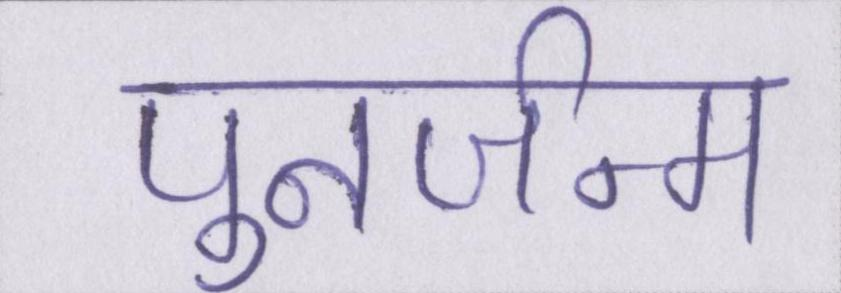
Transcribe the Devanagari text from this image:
पुनर्जन्म